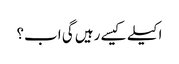
اکیلے کیسے رہیں گی اب؟